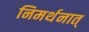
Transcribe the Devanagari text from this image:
निमर्थनात्